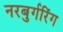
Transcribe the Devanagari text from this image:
नरबुर्गरिंग